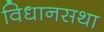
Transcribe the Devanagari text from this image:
विधानसथा